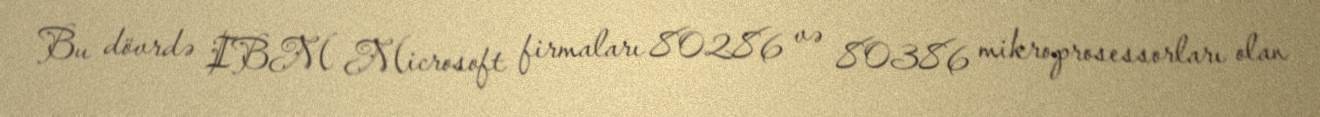
Bu dövrdə IBM Microsoft firmaları 80286 və 80386 mikroprosessorları olan